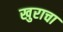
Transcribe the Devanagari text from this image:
खुराचा